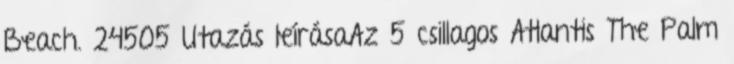
Beach. 24505 Utazás leírásaAz 5 csillagos Atlantis The Palm